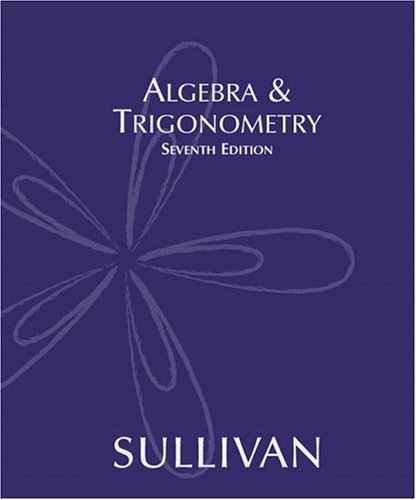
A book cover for Algebra & Trigonometry (7th Edition); Michael Sullivan; Science & Math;